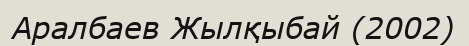
Аралбаев Жылқыбай (2002)